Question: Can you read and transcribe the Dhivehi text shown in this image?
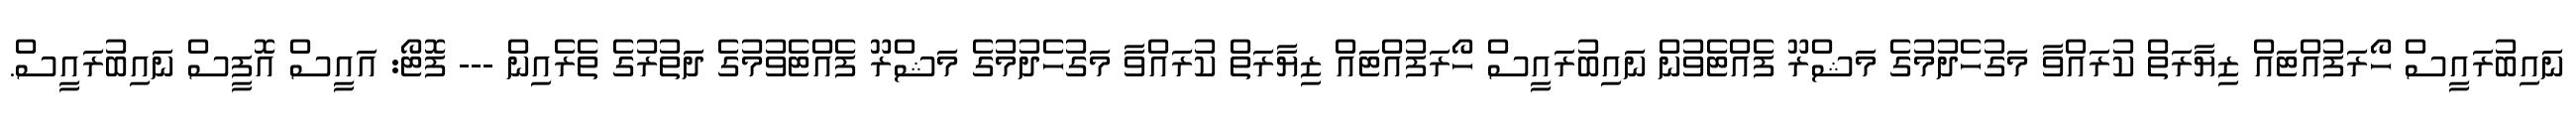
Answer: ނައިބުރައީސް ހޯރަފުއްޓައް ޒިޔާރަތް ކުރައްވާ މަގުހެދުމުގެ މަޝްރޫ ފެއްޓެވުން ނައިބުރައީސް ހޯރަފުއްޓައް ޒިޔާރަތް ކުރައްވާ މަގުހެދުމުގެ މަޝްރޫ ފެއްޓެވުމުގެ ދަތުރުގެ ތެރެއިން --- ފޮޓޯ: އައީސް އޮފީސް ނައިބުރައީސް.